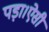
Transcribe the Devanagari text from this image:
पड़ा।ऐसी